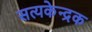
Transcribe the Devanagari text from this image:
सत्यकेन्द्रक